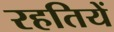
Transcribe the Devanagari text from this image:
रहतियें